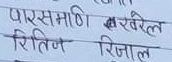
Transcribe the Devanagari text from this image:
पारसमणि खरचेल
रितिज रिझाल